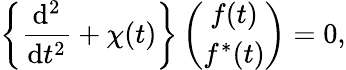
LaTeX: \left\{ \frac{\mathrm{d}^{2}}{\mathrm{d}t^{2}}+\chi(t)\right\} \left(\begin{array}{c}{{f(t)}}\\ {{f^{\ast}(t)}}\end{array}\right)=0,